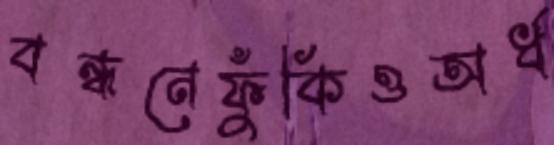
বন্ধনেফুঁকিওঅর্ধ